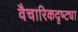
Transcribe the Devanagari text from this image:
वैचारिकदृष्‍ट्या